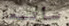
سأتبعك